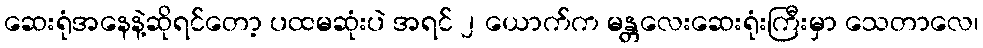
ဆေးရုံအနေနဲ့ဆိုရင်တော့ ပထမဆုံးပဲ အရင် ၂ ယောက်က မန္တလေးဆေးရုံးကြီးမှာ သေတာလေ၊